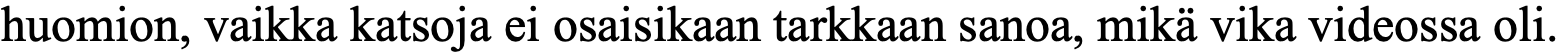
huomion, vaikka katsoja ei osaisikaan tarkkaan sanoa, mikä vika videossa oli.